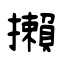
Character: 攋